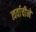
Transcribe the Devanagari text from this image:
त्वर्वाचीने